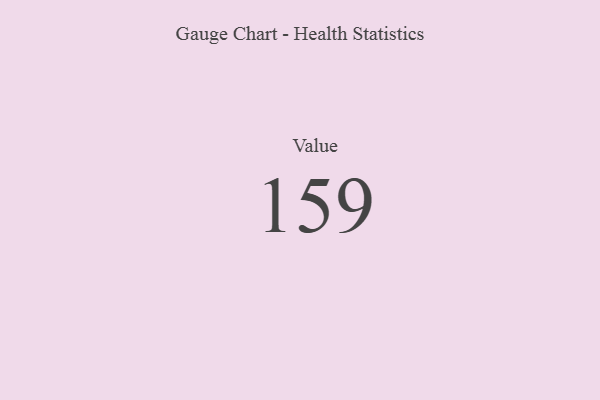
{"axis": {"x": "Metric", "y": "Value"}, "legend": [""], "data": [{"x": "Value", "y": 159, "type": ""}]}